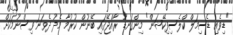
"ޑިވެއި ޑެސިމަލް ކްލެސިފިކޭޝަން" މިންގަނޑު ރާއްޖޭގައި ބޭނުން ކުރުމާ މެދު ދެވަނަ ވިސްނުމަކަށް